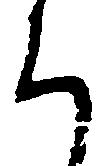
く